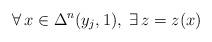
LaTeX: \begin{align*}\forall\,x\in\Delta^n(y_j,1),\;\exists\,z=z(x) \end{align*}